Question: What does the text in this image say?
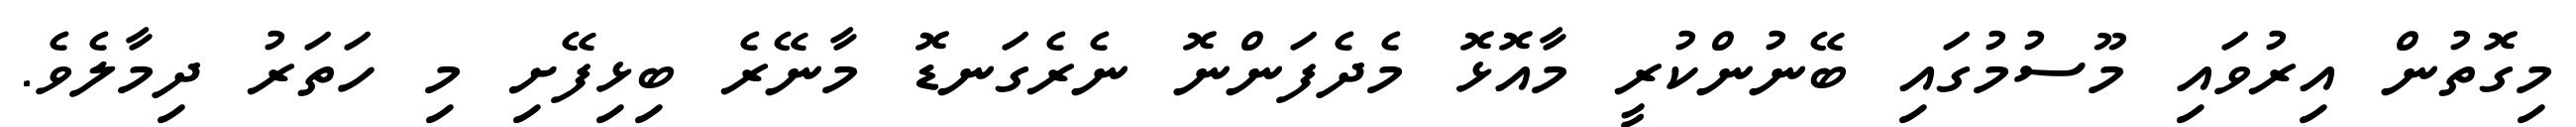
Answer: މިގޮތުން އިރުވައި މޫސުމުގައި ބޭނުންކުރީ މާއޮޅޮ މެދެފަންނޮ ނެރެގަނޑޮ މާނޭރެ ބިޅިފޭށި މި ހަތަރު ދިމާލެވެ.